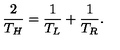
{ \frac { 2 } { T _ { H } } } = { \frac { 1 } { T _ { L } } } + { \frac { 1 } { T _ { R } } } .